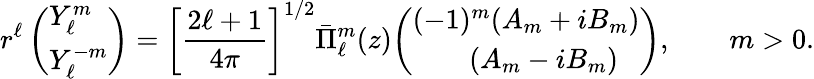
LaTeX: r^{\ell}\, {\left(\begin{array}{l}{Y_{\ell}^{m}}\\ {Y_{\ell}^{-m}}\end{array}\right)}=\left[{\frac{2\ell+1}{4\pi}}\right]^{1/2}{\bar{\Pi}}_{\ell}^{m}(z){\left(\begin{array}{l}{(-1)^{m}(A_{m}+iB_{m})}\\ {\qquad(A_{m}-iB_{m})}\end{array}\right)},\qquad m>0.